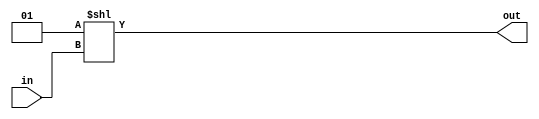
module decoder_3bit (in, out);
input [2:0]in;
output[7:0]out; 
 
assign out = 1 << in; 
 
endmodule